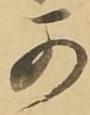
可